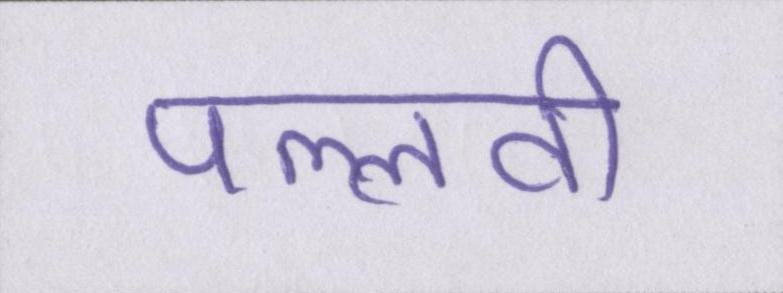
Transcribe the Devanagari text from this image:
पल्लवी